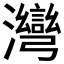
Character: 𱪆